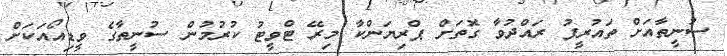
ސުނީތާއަށް ތައުރީފު ރައްދުވާ ގޮތަށް ޕްރިޔަންކާ މިރޭ ޓްވީޓު ކުރުމުން ސުނީތާގެ ވީޑިއޯއަކަށް